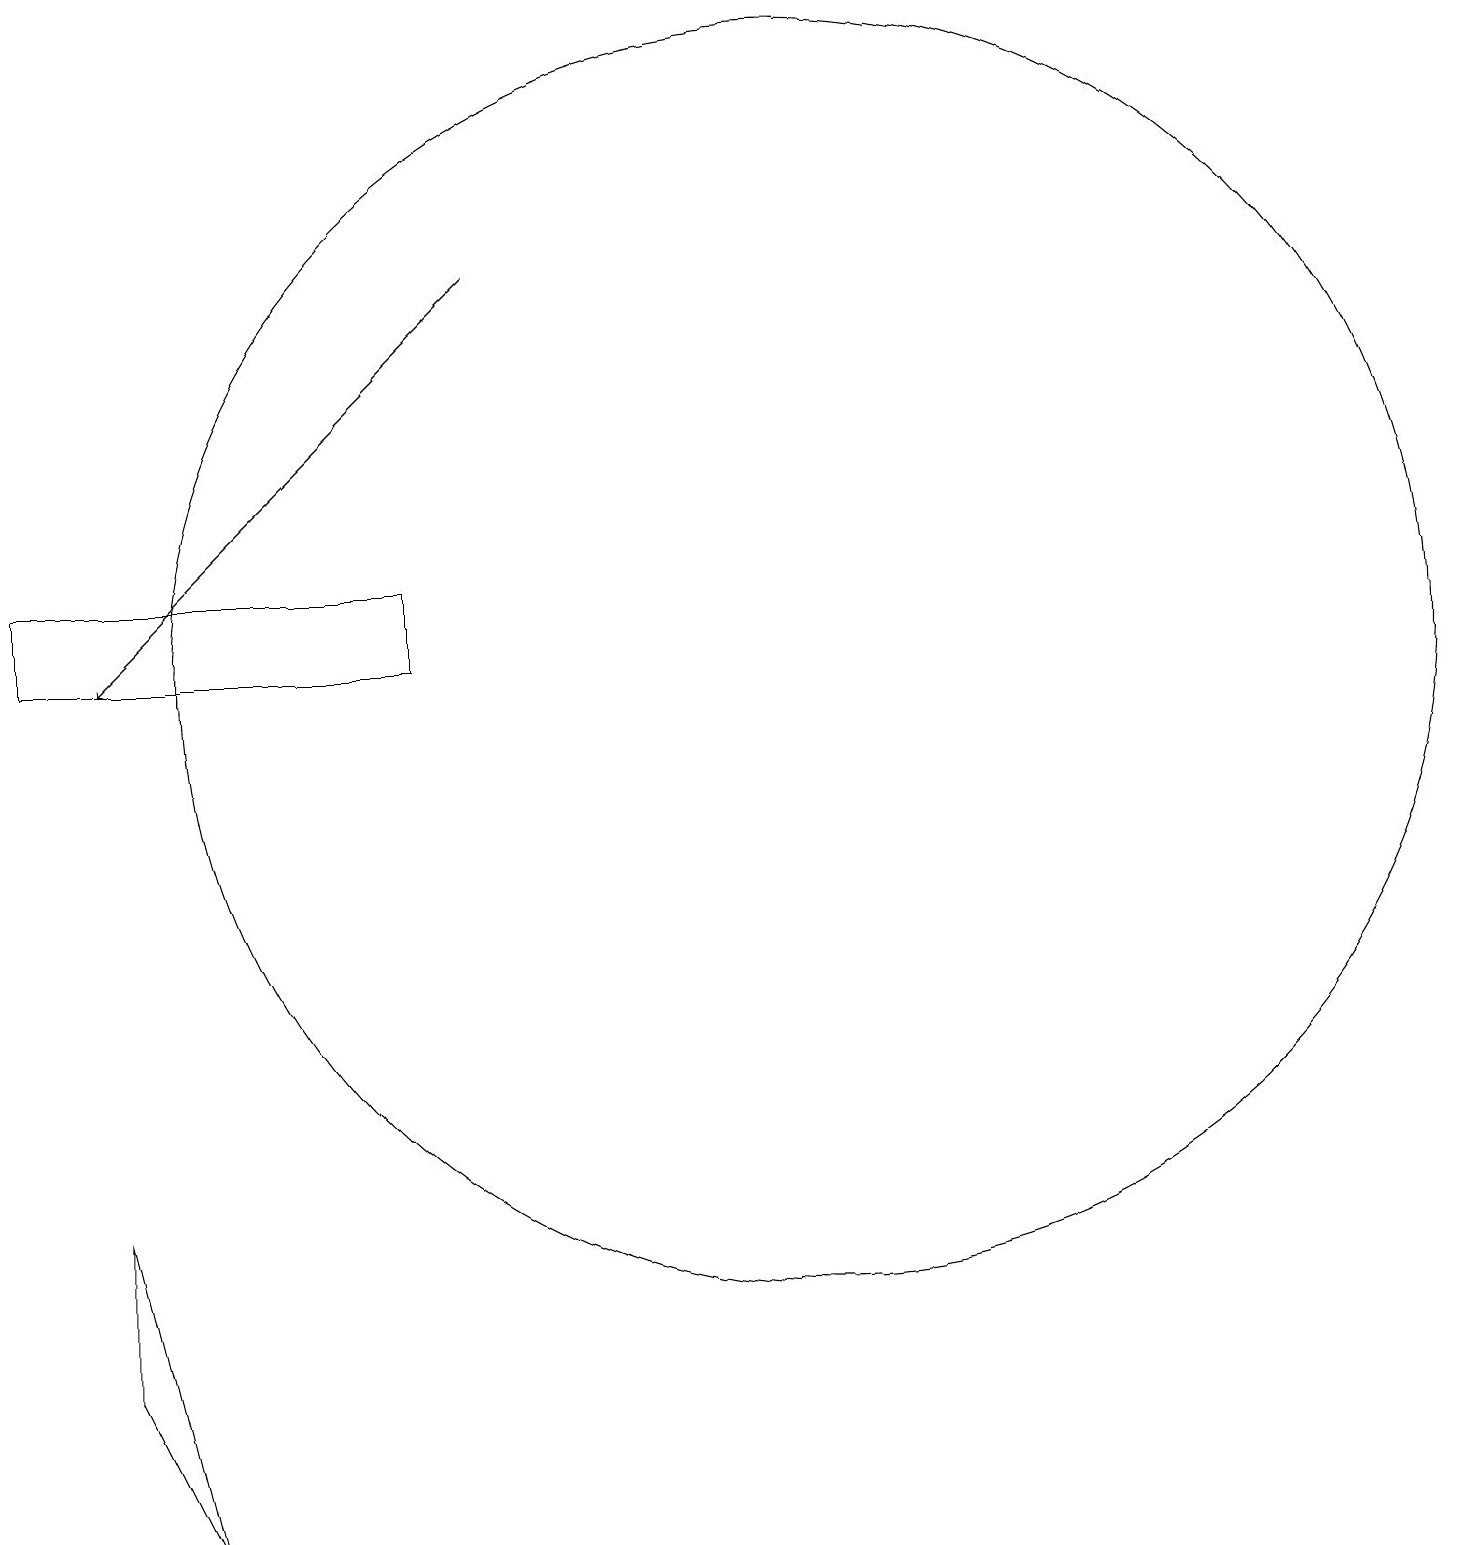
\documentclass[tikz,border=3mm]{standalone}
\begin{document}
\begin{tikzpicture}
\draw (10,11) circle (8);
\draw (1,4) -- (2,0) -- (1,2) -- cycle;
\draw[->] (6,16) -- (1,11);
\draw (5,11) rectangle (0,12);
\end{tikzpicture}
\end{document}